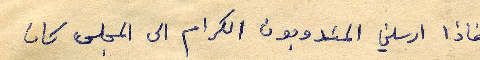
فاذا ارسلني المندوبون الكرام الى المجلس كان